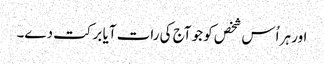
اور ہر اُس شخص کو جو آج کی رات آیا برکت دے۔